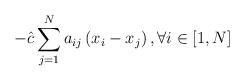
LaTeX: \begin{align*}-\hat{c} \sum_{j=1}^N a_{ij} \left(x_i-x_j \right), \forall i \in[1,N]\end{align*}